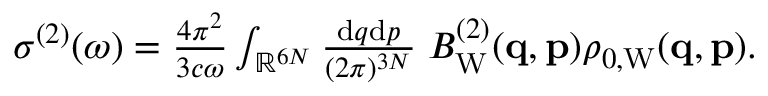
\begin{array} { r } { \sigma ^ { ( 2 ) } ( \omega ) = \frac { 4 \pi ^ { 2 } } { 3 c \omega } \int _ { \mathbb { R } ^ { 6 N } } \frac { \ensuremath { \mathrm { d } } \b { q } \ensuremath { \mathrm { d } } \b { p } } { ( 2 \pi ) ^ { 3 N } } \; B _ { \mathrm { W } } ^ { ( 2 ) } ( \ensuremath { \mathbf { q } } , \ensuremath { \mathbf { p } } ) \rho _ { 0 , \mathrm { W } } ( \ensuremath { \mathbf { q } } , \ensuremath { \mathbf { p } } ) . } \end{array}